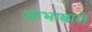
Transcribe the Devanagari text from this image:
आभावाले